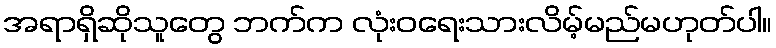
အရာရှိဆိုသူတွေ ဘက်က လုံးဝရေးသားလိမ့်မည်မဟုတ်ပါ။